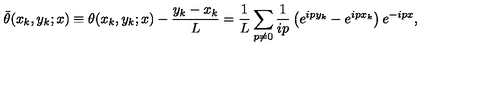
{ \bar { \theta } } ( x _ { k } , y _ { k } ; x ) \equiv \theta ( x _ { k } , y _ { k } ; x ) - \frac { y _ { k } - x _ { k } } { L } = \frac { 1 } { L } \sum _ { p \ne 0 } \frac { 1 } { i p } \left( e ^ { i p y _ { k } } - e ^ { i p x _ { k } } \right) e ^ { - i p x } ,